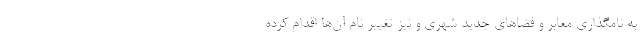
به نامگذاری معابر و فضاهای جدید شهری و نیز تغییر نام آن‌ها اقدام کرده